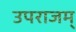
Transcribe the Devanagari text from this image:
उपराजम्